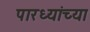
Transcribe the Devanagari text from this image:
पारध्यांच्या